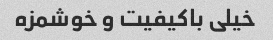
خیلی باکیفیت و خوشمزه